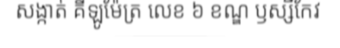
សង្កាត់ គីឡូម៉ែត្រ លេខ ៦ ខណ្ឌ ឫស្សីកែវ